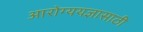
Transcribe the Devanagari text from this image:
आरोग्ययज्ञासाठी